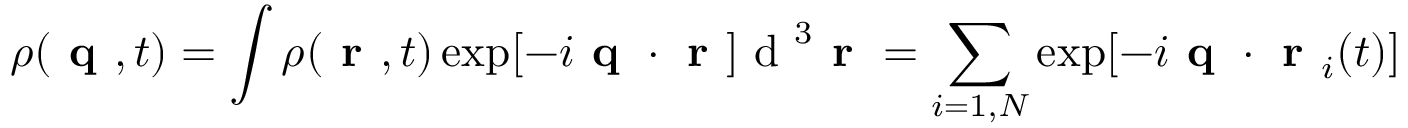
\rho ( \textbf { q } , t ) = \int \rho ( \textbf { r } , t ) \exp [ - i \textbf { q } \cdot \textbf { r } ] \textrm { d } ^ { 3 } \textbf { r } = \sum _ { i = 1 , N } \exp [ - i \textbf { q } \cdot \textbf { r } _ { i } ( t ) ]